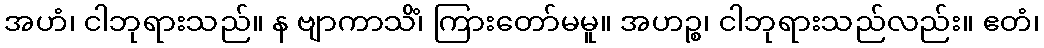
အဟံ၊ ငါဘုရားသည်။ န ဗျာကာသိံ၊ ကြားတော်မမူ။ အဟဉ္စ၊ ငါဘုရားသည်လည်း။ ဧတံ၊